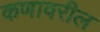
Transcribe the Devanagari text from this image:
कणावरील